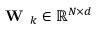
\textbf { W } _ { k } \in \mathbb { R } ^ { N \times d }